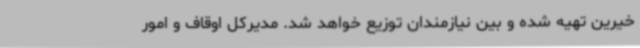
خیرین تهیه شده و بین نیازمندان توزیع خواهد شد. مدیرکل اوقاف و امور